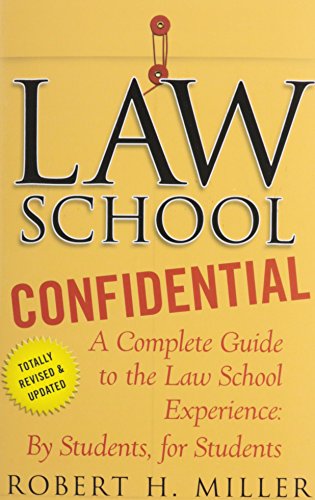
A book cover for Law School Confidential: A Complete Guide to the Law School Experience: By Students, for Students; Robert H. Miller; Education & Teaching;